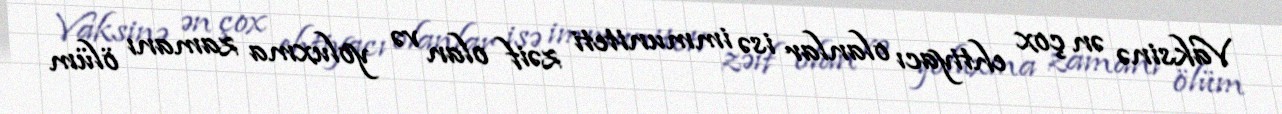
Vaksinə ən çox ehtiyacı olanlar isə immuniteti zəif olan və yoluxma zamanı ölüm